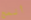
ألمح